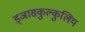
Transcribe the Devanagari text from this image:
ड्ञासकुल्कुलिय